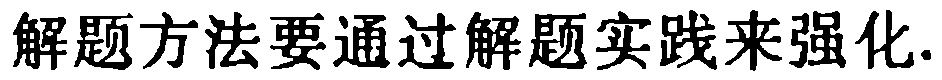
解题方法要通过解题实践来强化.